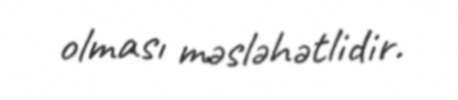
olması məsləhətlidir.